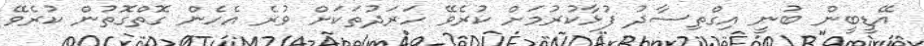
އޭޑީބީން ބުނީ އިގްތިސާދު ފުޅާކުރުމަށް ކުރެވޭ ހަރަދުތަކަށް ވުރެ އެހެން ގޮތްގޮތުން ކުރެވޭ